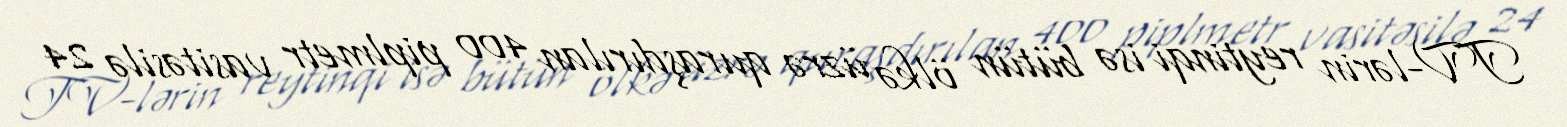
TV-lərin reytinqi isə bütün ölkə üzrə quraşdırılan 400 piplmetr vasitəsilə 24